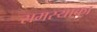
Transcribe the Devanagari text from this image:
समस्याका